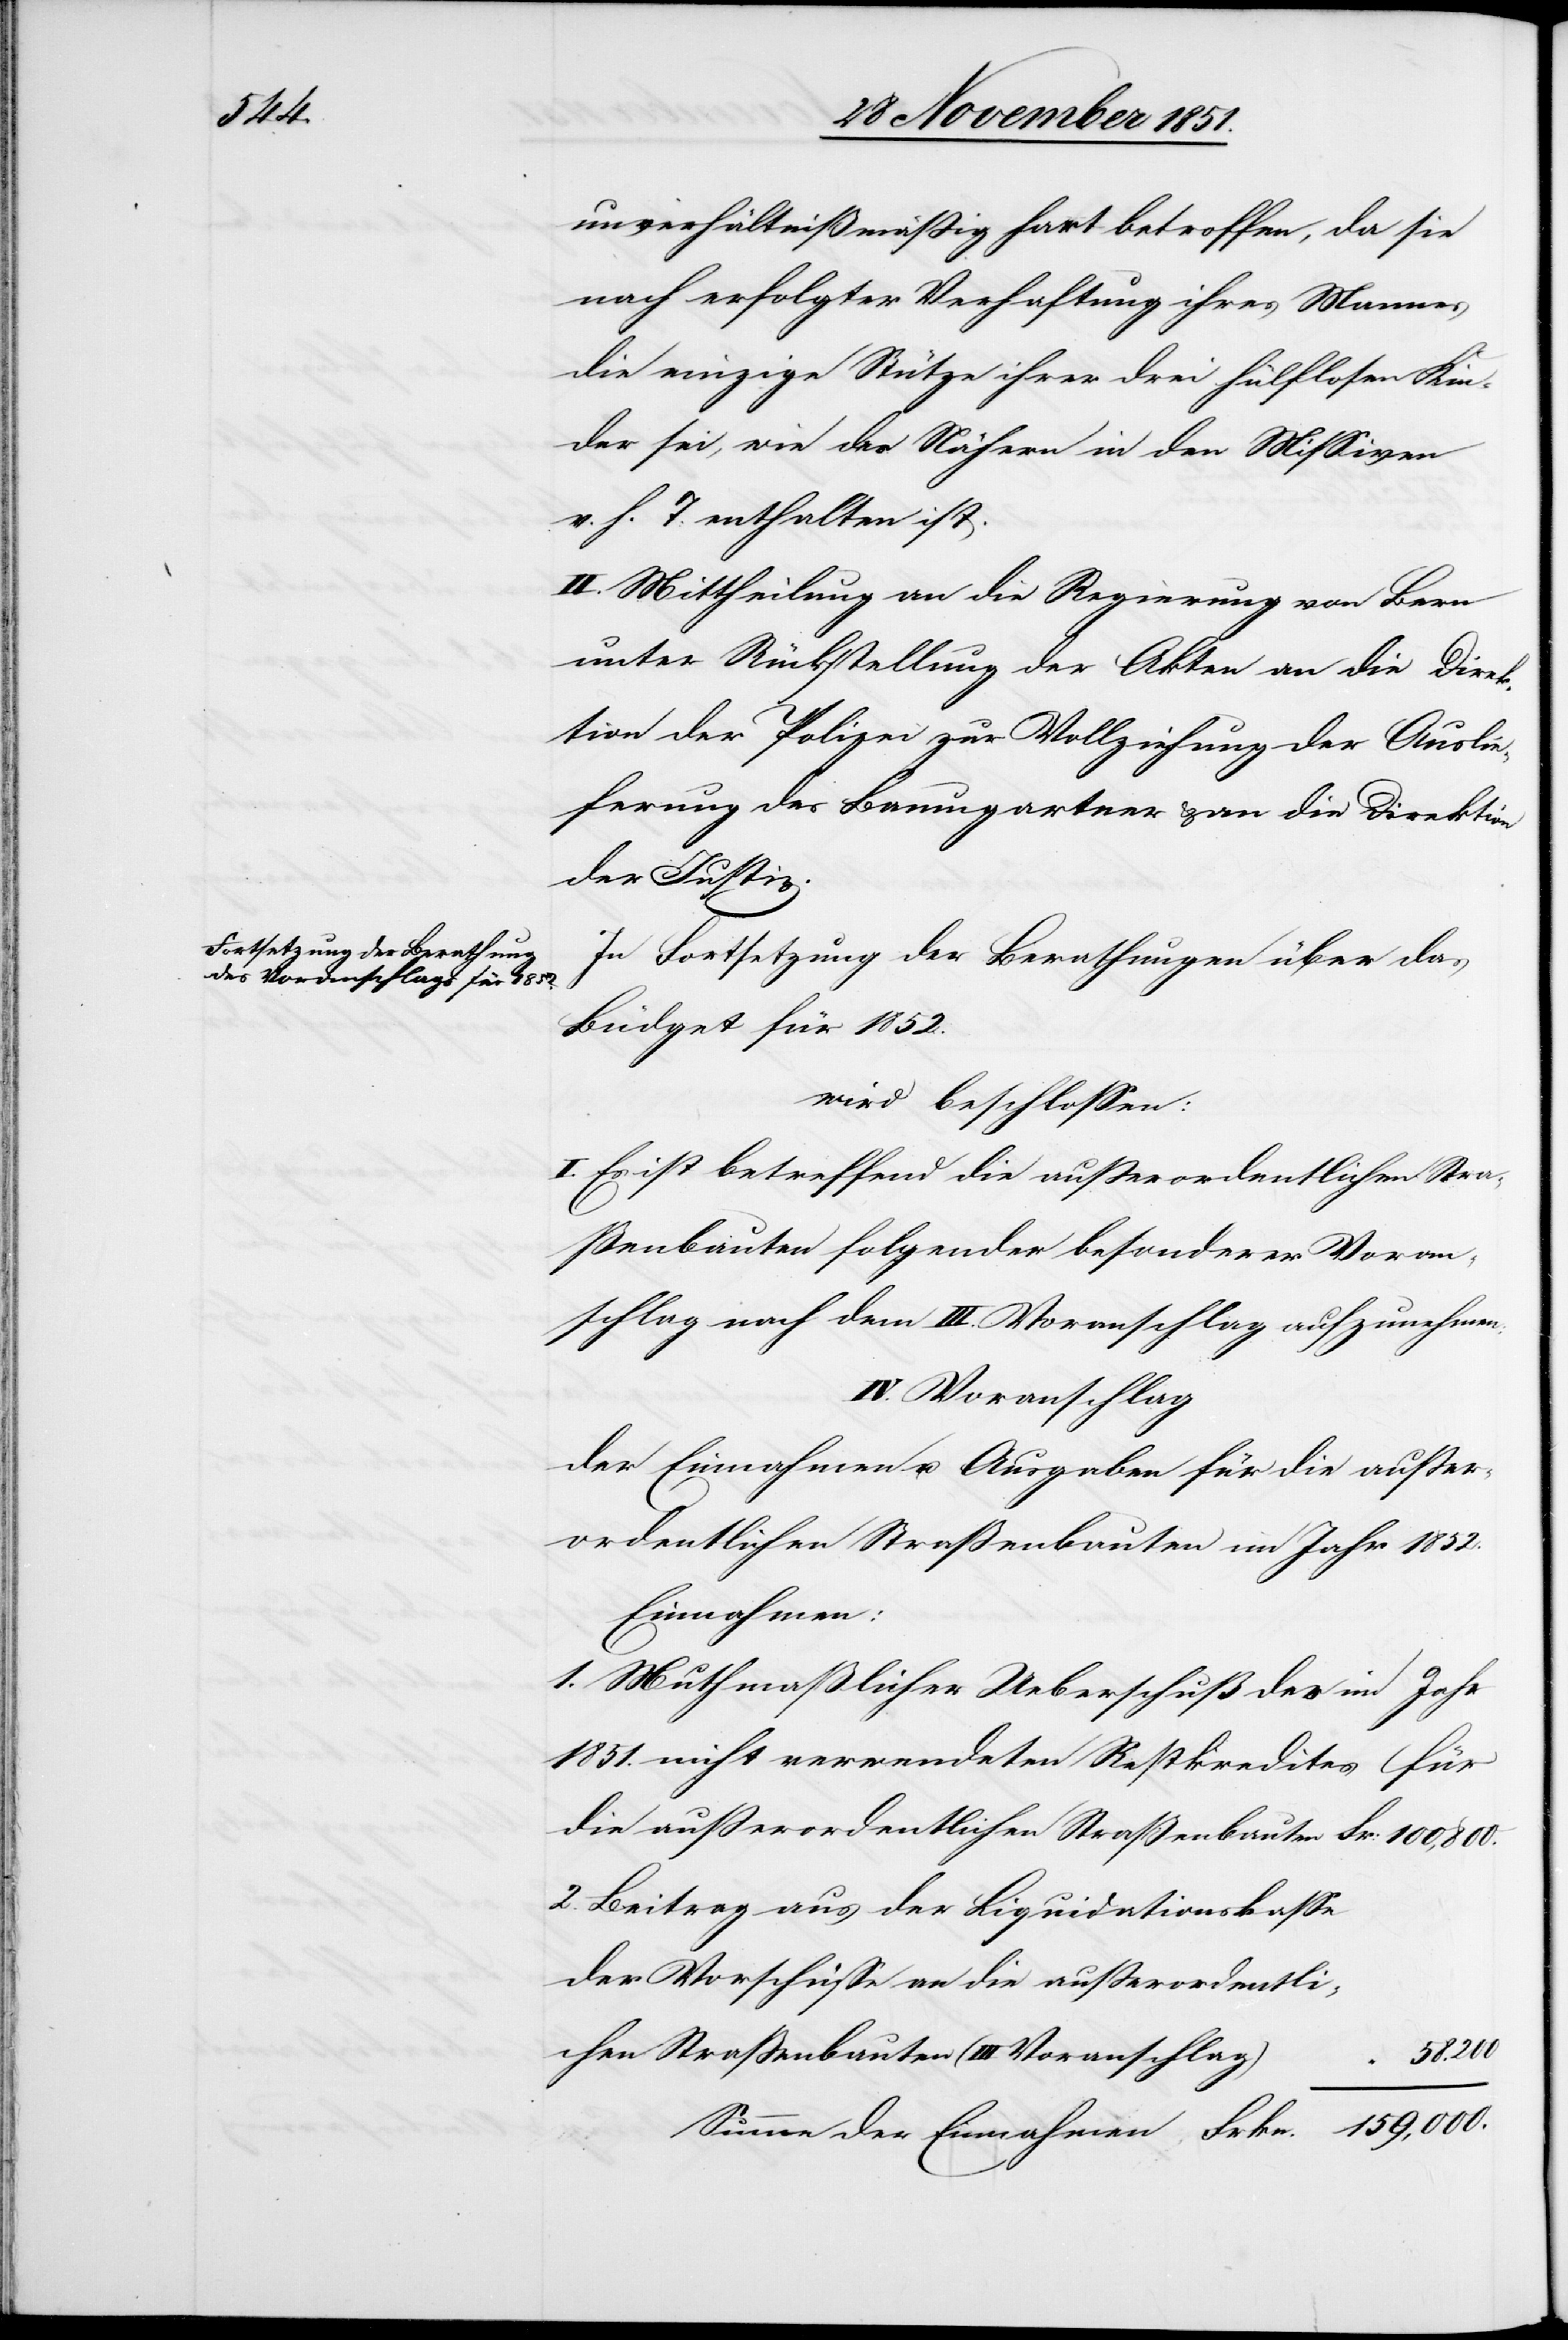
2.

unverhältnißmäßig hart betroffen, da sie
nach erfolgter Verhaftung ihres Mannes
die einzige Stütze ihrer drei hülflosen Kin¬
der sei, wie des Nähern in den Missiven
v. h. T. enthalten ist.
II. Mittheilung an die Regierung von Bern
unter Rückstellung der Akten[,] an die Direk¬
tion der Polizei zur Vollziehung der Auslie¬
ferung des Baumgartner & an die Direktion
der Justiz.
In Fortsetzung der Berathungen über das
Büdget für 1852.
wird beschlossen:
I. Es ist betreffend die außerordentlichen Stra¬
ßenbauten folgender besonderer Voran¬
schlag nach dem III. Voranschlag aufzunehmen:
IV. Voranschlag
der Einnahmen u. Ausgaben für die außer¬
ordentlichen Straßenbauten im Jahr 1852.
Einnahmen
Muthmaßlicher Ueberschuß des im Jahr
1851. nicht verwendeten Restkredites für
die außerordentlichen Straßenbauten
Beitrag aus der Liquidationskasse
der Vorschüsse an die außerordentli¬
159,000.
chen Straßenbauten (III Voranschlag)